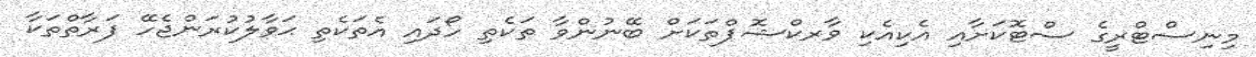
މިނިސްޓްރީގެ ސްޓޮކަށާއި އެކިއެކި ވާރކްޝޮޕްތަކަށް ބޭނުންވާ ތަކެތި ހޯދައި އެތަކެތި ޙަވާލުކުރަންޖެހޭ ފަރާތްތަކާ